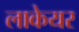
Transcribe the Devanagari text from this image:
लाकेयर